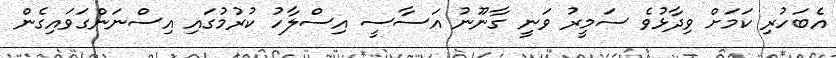
އެބަހުރި ކަމަށް ވިދާޅުވެ ސަމީރު ވަނީ ގާނޫނު އަސާސީ އިސްލާހު ކުރުމުގައި އިސްނަންގަވައިގެން